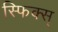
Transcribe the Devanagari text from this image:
स्फिक्स्